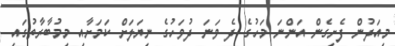
މިއަދުން ފެށިގެން އަންނަ މަހުގެ ދެ ވަނަ ދުވަހުގެ ނިޔަލަށް ކަމަށާއި މިމުބާރާތުގައި